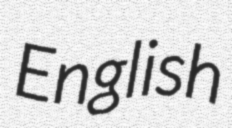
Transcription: English